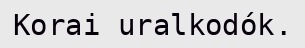
Korai uralkodók.